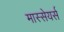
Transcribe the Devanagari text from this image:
मास्सेयर्स